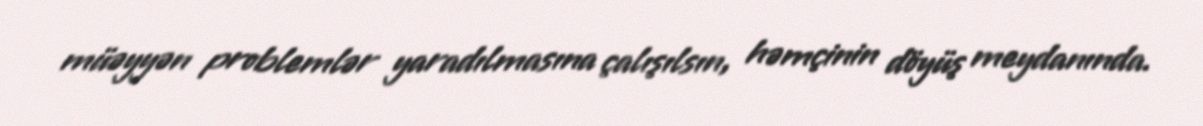
müəyyən problemlər yaradılmasına çalışılsın, həmçinin döyüş meydanında.